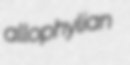
allophylian